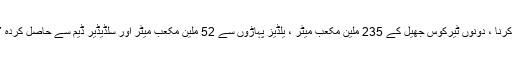
اس حقیقت پر غور کرتے ہوئے کہ کُل 140 ملین مکعب میٹر پانی کو ضائع کرنا ، دونوں ٹیرکوس جھیل کے 235 ملین مکعب میٹر ، یلڈیز پہاڑوں سے 52 ملین مکعب میٹر اور سلڈیڈیر ڈیم سے حاصل کردہ 427 ملین مکعب میٹر ، فوری طور پر استنبول کو پانی میں لے جاسکتے ہیں۔